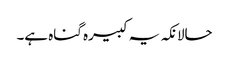
حالانکہ یہ کبیرہ گناہ ہے۔